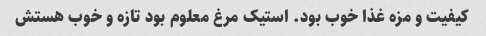
کیفیت و مزه غذا خوب بود. استیک مرغ معلوم بود تازه و خوب هستش